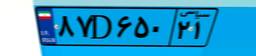
۸۷D۶۵۰۲۱